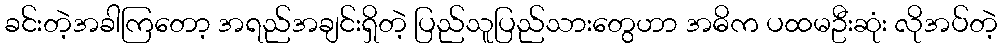
ခင်းတဲ့အခါကြတော့ အရည်အချင်းရှိတဲ့ ပြည်သူပြည်သားတွေဟာ အဓိက ပထမဦးဆုံး လိုအပ်တဲ့